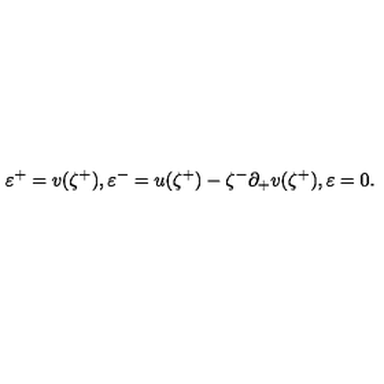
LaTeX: \varepsilon ^ { + } = v ( \zeta ^ { + } ) , \varepsilon ^ { - } = u ( \zeta ^ { + } ) - \zeta ^ { - } \partial _ { + } v ( \zeta ^ { + } ) , \varepsilon = 0 .